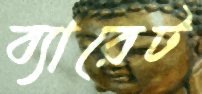
ব্যারেট